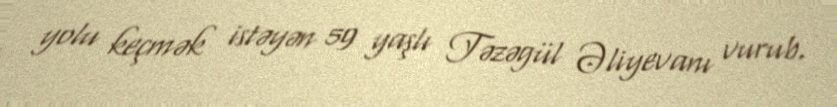
yolu keçmək istəyən 59 yaşlı Təzəgül Əliyevanı vurub.